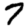
Digit: 7